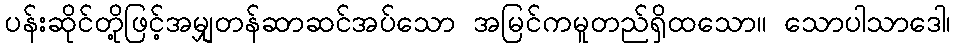
ပန်းဆိုင်တို့ဖြင့်အမျှတန်ဆာဆင်အပ်သော အမြင်ကမူတည်ရှိထသော။ သောပါသာဒေါ၊